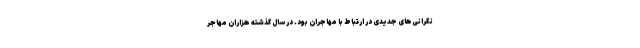
نگرانی‌های جدیدی در ارتباط با مهاجران بود. در سال گذشته هزاران مهاجر